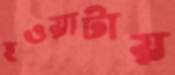
হওয়াটায়